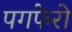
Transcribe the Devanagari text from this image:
पगफेरो